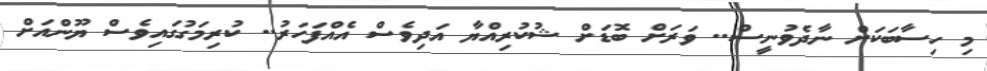
މި ހިސާބަކަަށް ނާދެވުނީސް.. ވަރަށް ބޮޑަށް ޝުކުރިއްޔާ އަދިވެސް އެއްފަހަރު.. ކުރިމަގުގައިވެސް ޔޫންއަށް